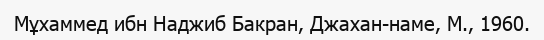
Мұхаммед ибн Наджиб Бакран, Джахан-наме, М., 1960.